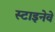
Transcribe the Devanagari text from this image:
स्टाइनेवे